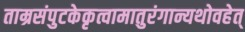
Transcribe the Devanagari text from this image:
ताम्रसंपुटकेकृत्वामातुरंगान्यथोवहेत्